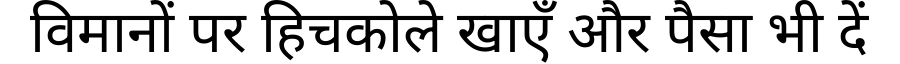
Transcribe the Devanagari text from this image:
विमानों पर हिचकोले खाएँ और पैसा भी दें